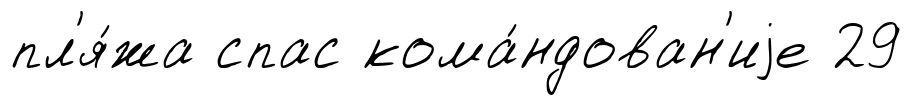
пл'я́жа спас кома́ндован'иjе 29